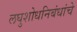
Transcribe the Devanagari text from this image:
लघुशोधनिबंधांचे